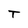
Character: T